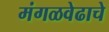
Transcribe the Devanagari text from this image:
मंगळवेढाचे